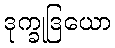
ဒုက္ခုဒြယော